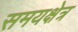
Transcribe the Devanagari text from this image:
समयक्षेत्र